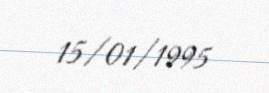
15/01/1995